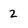
Character: 2